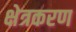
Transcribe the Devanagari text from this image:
क्षेत्रकरण